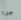
جدا